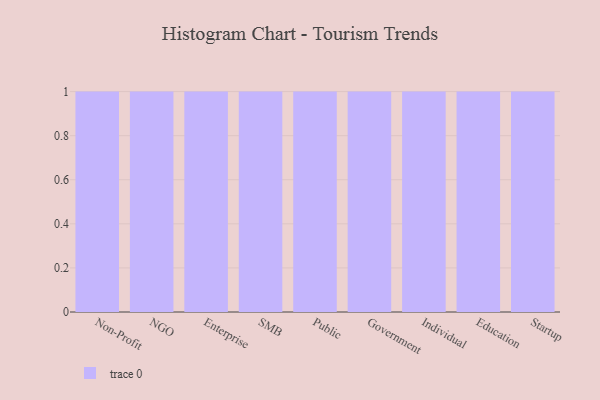
{"axis": {"x": "Segment", "y": "Net Income (USD K)"}, "legend": [""], "data": [{"x": "Non-Profit", "y": 54, "type": ""}, {"x": "NGO", "y": 23, "type": ""}, {"x": "Enterprise", "y": 25, "type": ""}, {"x": "SMB", "y": 48, "type": ""}, {"x": "Public", "y": 52, "type": ""}, {"x": "Government", "y": 97, "type": ""}, {"x": "Individual", "y": 76, "type": ""}, {"x": "Education", "y": 34, "type": ""}, {"x": "Startup", "y": 80, "type": ""}]}